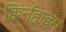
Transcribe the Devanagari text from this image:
क्विर्नहाइम